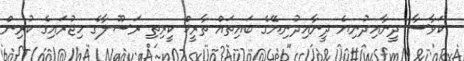
ކަވާސާ ދީނާއިދުނިޔެ ދީނާއިދުނިޔޭގެ ބައިތައް ތާރީޚް ކީރިތި ރަސޫލާގެ ހިޖުރައިގެ ކުރިން